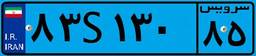
۸۳S۱۳۰۸۵